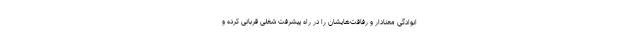
انوادگی معنادار و رفاقت‌هایشان را در راه پیشرفت شغلی قربانی کرده و